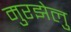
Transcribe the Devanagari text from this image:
मुरझेलु